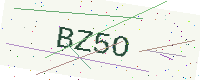
Text: BZ5O